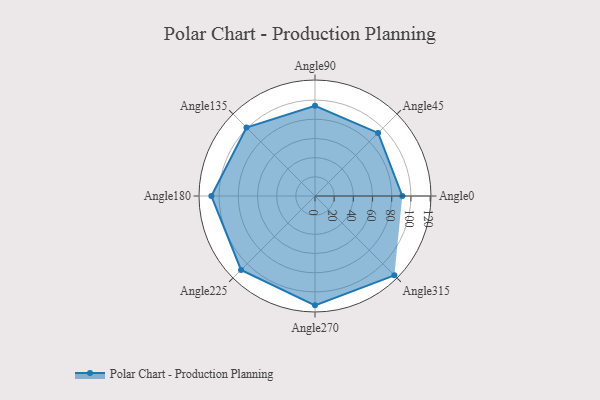
{"axis": {"x": "Angle", "y": "Radius"}, "legend": [""], "data": [{"x": "Angle0", "y": 91.0, "type": ""}, {"x": "Angle45", "y": 93.0, "type": ""}, {"x": "Angle90", "y": 94.0, "type": ""}, {"x": "Angle135", "y": 101.0, "type": ""}, {"x": "Angle180", "y": 108.0, "type": ""}, {"x": "Angle225", "y": 109.0, "type": ""}, {"x": "Angle270", "y": 114.0, "type": ""}, {"x": "Angle315", "y": 117.0, "type": ""}]}